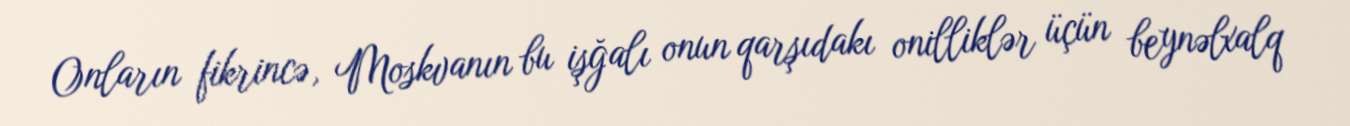
Onların fikrincə, Moskvanın bu işğalı onun qarşıdakı onilliklər üçün beynəlxalq